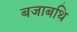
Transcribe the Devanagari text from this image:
बजाबथि